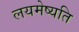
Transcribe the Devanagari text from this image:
लयमेष्यति